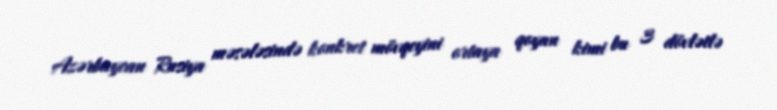
Azərbaycan Rusiya məsələsində konkret mövqeyini ortaya qoyan kimi bu 3 dövlətlə